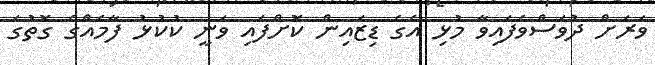
ވަރަށް ދުވަސްވެފައިވާ މުޅި އެގެ ޑިޒައިން ކޮށްފައި ވަނީ ކުކުޅު ފާމެއްގެ ގޮތުގަ